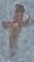
Text: +